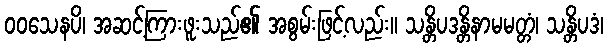
ဝဝသေနပိ၊ အဆင့်ကြားဖူးသည်၏ အစွမ်းဖြင့်လည်း။ သန္တိပဒန္တိနာမမတ္တံ၊ သန္တိပဒံ၊